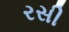
રસી